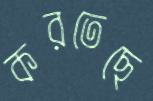
করতেছে